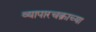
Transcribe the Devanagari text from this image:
व्यापारचक्राच्या